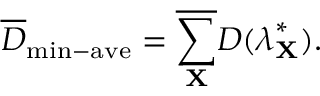
\overline { { D } } _ { \mathrm { m i n - a v e } } = \overline { { \sum _ { \mathbf { X } } } } D ( \boldsymbol { \lambda } _ { \mathbf { X } } ^ { * } ) .